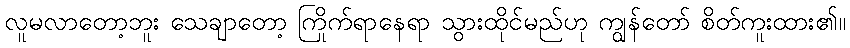
လူမလာတော့ဘူး သေချာတော့ ကြိုက်ရာနေရာ သွားထိုင်မည်ဟု ကျွန်တော် စိတ်ကူးထား၏။